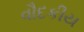
વૌદકીય